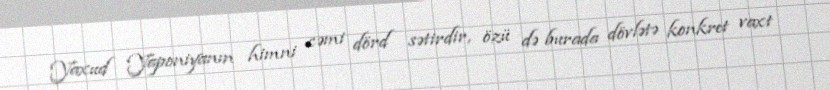
Yaxud Yaponiyanın himni cəmi dörd sətirdir, özü də burada dövlətə konkret vaxt